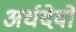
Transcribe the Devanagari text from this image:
अर्धदेवों